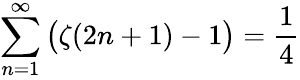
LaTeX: \sum_{n=1}^{\infty}{\bigl(}\zeta(2n+1)-1{\bigr)}={\frac{1}{4}}